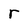
Character: r